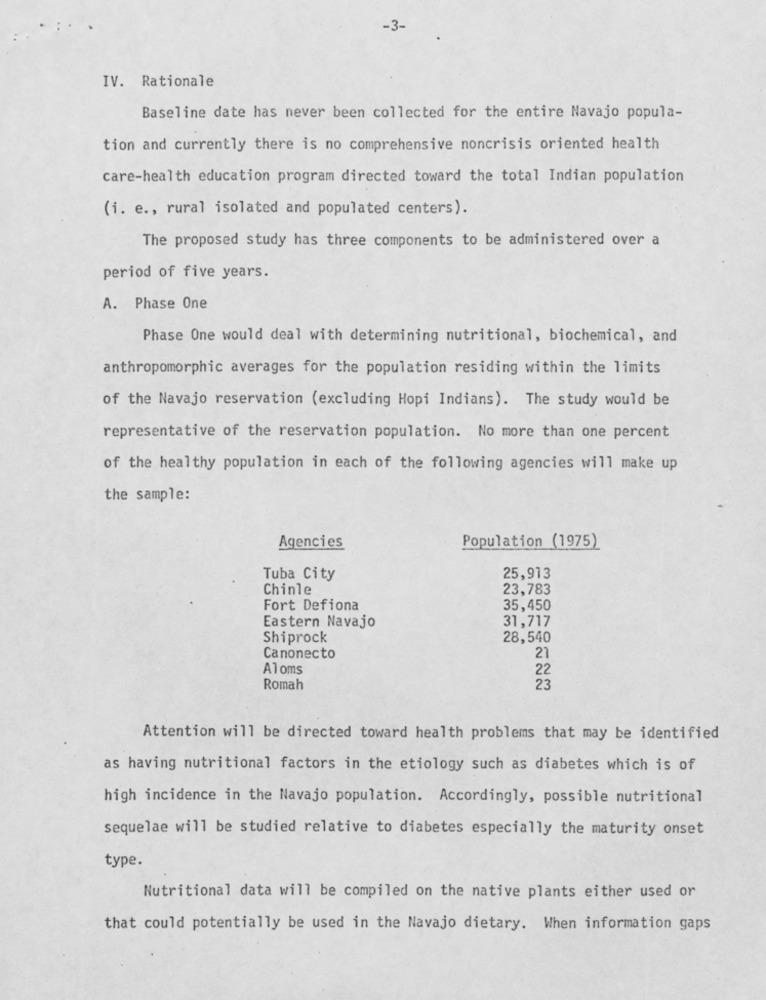
-3-
IV. Rationale
Baseline date has never been collected for the entire Navajo popula-
tion and currently there is no comprehensive noncrisis oriented health
care-health education program directed toward the total Indian population
(i. e ., rural isolated and populated centers).
The proposed study has three components to be administered over a
period of five years.
A. Phase One
Phase One would deal with determining nutritional, biochemical, and
anthropomorphic averages for the population residing within the limits
of the Navajo reservation (excluding Hopi Indians). The study would be
representative of the reservation population. No more than one percent
of the healthy population in each of the following agencies will make up
the sample:
Agencies
Population (1975)
Tuba City
25,913
Chinle
23,783
Fort Defiona
35,450
31,717
Eastern Navajo
Shiprock
28,540
Canonecto
21
Aloms
22
Romah
23
Attention will be directed toward health problems that may be identified
as having nutritional factors in the etiology such as diabetes which is of
high incidence in the Navajo population. Accordingly, possible nutritional
sequelae will be studied relative to diabetes especially the maturity onset
type.
Nutritional data will be compiled on the native plants either used or
that could potentially be used in the Navajo dietary. When information gaps